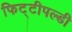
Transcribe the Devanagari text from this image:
फिट्टीपल्डी